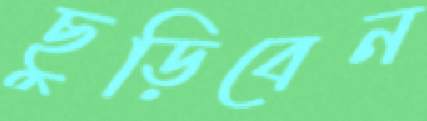
ছুড়িবেন